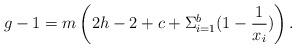
LaTeX: \begin{align*}g-1=m\left(2h-2+c+\Sigma_{i=1}^{b}(1-\frac{1}{x_i})\right).\end{align*}